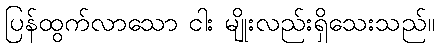
ပြန်ထွက်လာသော ငါး မျိုးလည်းရှိသေးသည်။